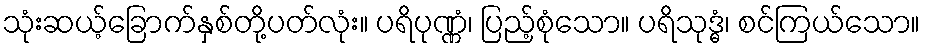
သုံးဆယ့်ခြောက်နှစ်တို့ပတ်လုံး။ ပရိပုဏ္ဏံ၊ ပြည့်စုံသော။ ပရိသုဒ္ဓံ၊ စင်ကြယ်သော။